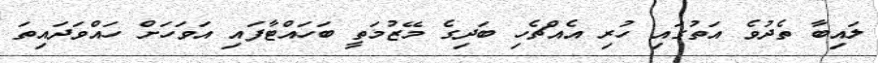
ލައިބާ ތެދުވެ އަތުގައި ހުރި އެއްޗެހި ބަދިގެ މޭޒުމަތީ ބަހައްޓާފައި އަވަހަށް ހައްވަދައިތަ